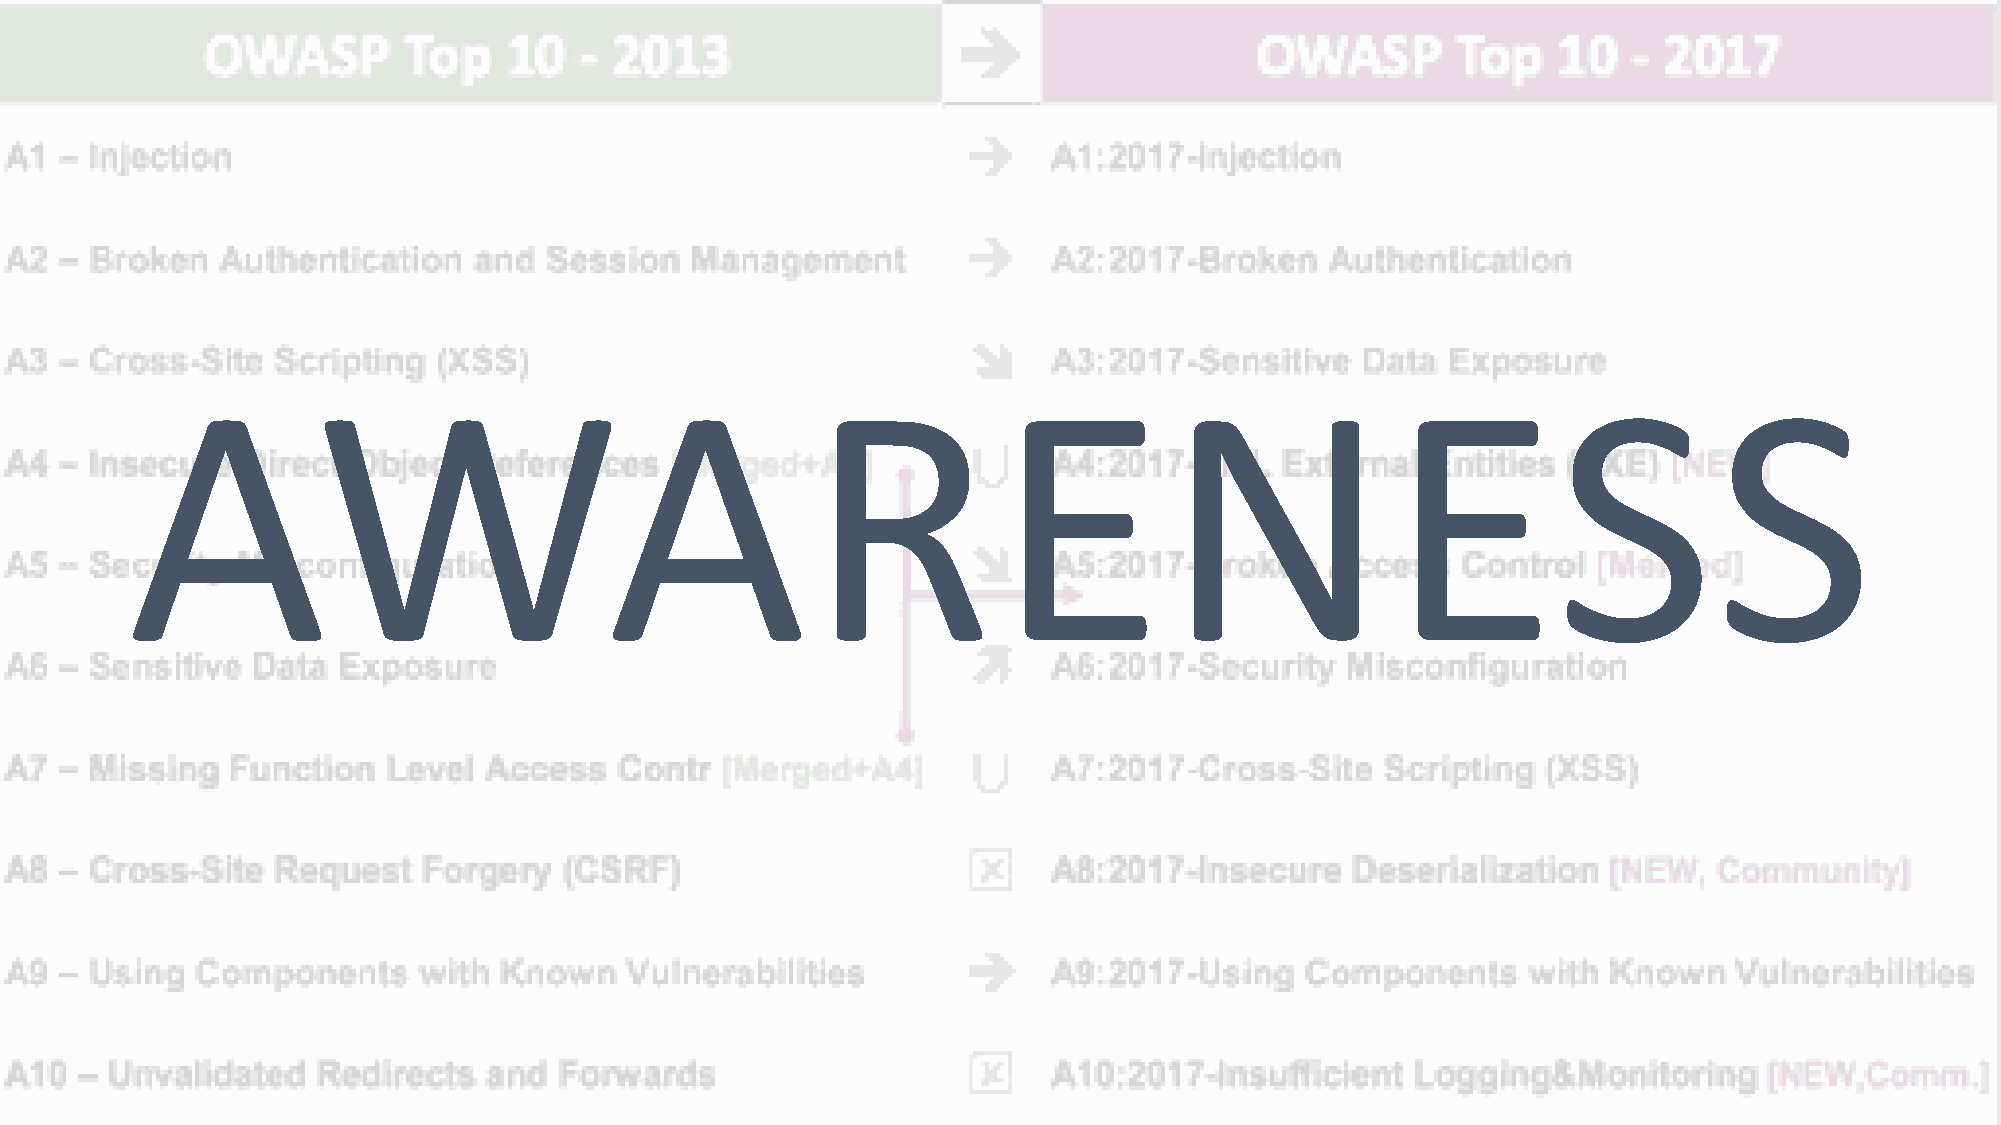
AWARENESS
 @PhilippeDeRyck                                                                                                            9